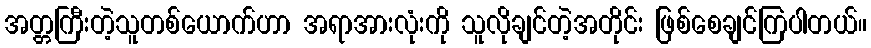
အတ္တကြီးတဲ့သူတစ်ယောက်ဟာ အရာအားလုံးကို သူလိုချင်တဲ့အတိုင်း ဖြစ်စေချင်ကြပါတယ်။